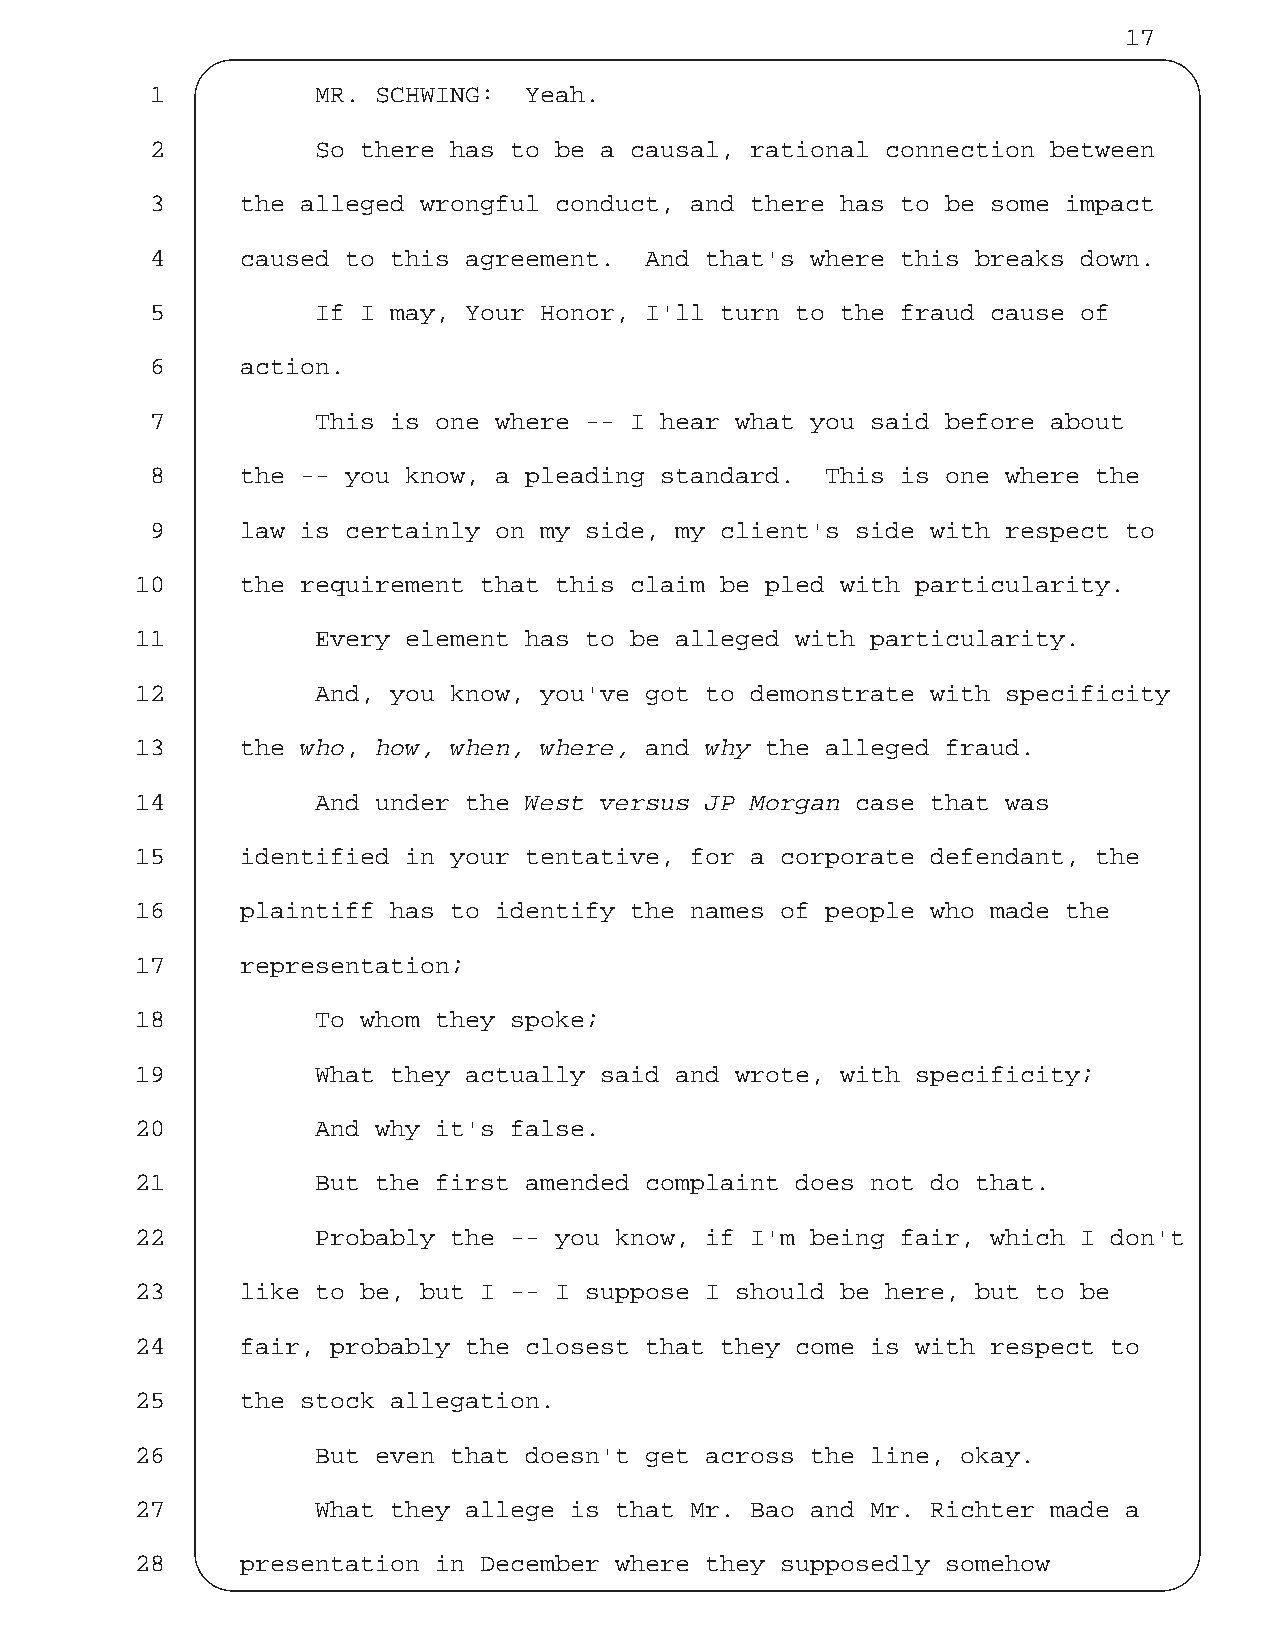
17
 1          MR. SCHWING:  Yeah.
 2          So there has to be a causal, rational connection between
 3     the alleged wrongful conduct, and there has to be some impact
 4     caused to this agreement.  And that's where this breaks down.
 5          If I may, Your Honor, I'll turn to the fraud cause of
 6     action.
 7          This is one where -- I hear what you said before about
 8     the -- you know, a pleading standard.  This is one where the
 9     law is certainly on my side, my client's side with respect to
 10     the requirement that this claim be pled with particularity.
 11          Every element has to be alleged with particularity.
 12          And, you know, you've got to demonstrate with specificity
 13     the who, how, when, where, and why the alleged fraud.
 14          And under the West versus JP Morgan case that was
 15     identified in your tentative, for a corporate defendant, the
 16     plaintiff has to identify the names of people who made the
 17     representation;
 18          To whom they spoke;
 19          What they actually said and wrote, with specificity;
 20          And why it's false.
 21          But the first amended complaint does not do that.
 22          Probably the -- you know, if I'm being fair, which I don't
 23     like to be, but I -- I suppose I should be here, but to be
 24     fair, probably the closest that they come is with respect to
 25     the stock allegation.
 26          But even that doesn't get across the line, okay.
 27          What they allege is that Mr. Bao and Mr. Richter made a
 28     presentation in December where they supposedly somehow